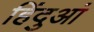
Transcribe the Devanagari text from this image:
हिंदुआं